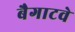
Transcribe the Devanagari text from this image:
बैगाटवे